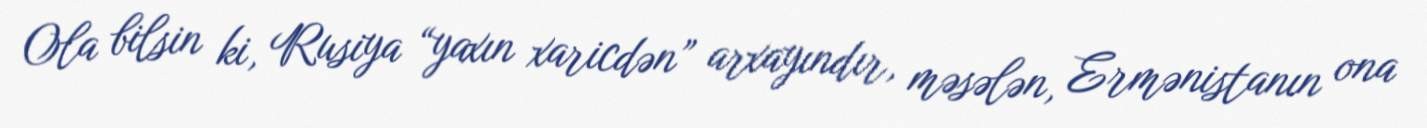
Ola bilsin ki, Rusiya “yaxın xaricdən” arxayındır, məsələn, Ermənistanın ona